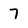
Character: 7